Civil Veterinary Dept. Bombay admin report 1932-41 - 1932-1941
Year: 1932
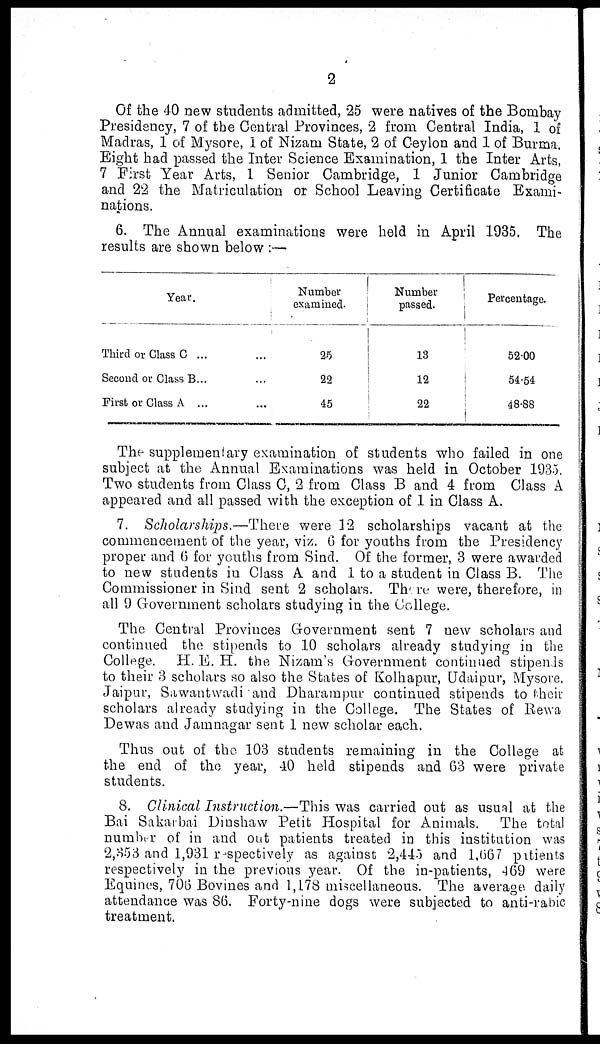
2
Of the 40 new students admitted, 25 were natives of the Bombay
Presidency, 7 of the Central Provinces, 2 from Central India, 1 of
Madras, 1 of Mysore, 1 of Nizam State, 2 of Ceylon and 1 of Burma.
Eight had passed the Inter Science Examination, 1 the Inter Arts,
7 First Year Arts, 1 Senior Cambridge, 1 Junior Cambridge
and 22 the Matriculation or School Leaving Certificate Exami-
nations.
6. The Annual examinations were held in April 1935. The
results are shown below :—
Year.
Third or Class C ... ...
Second or Class B... ...
First or Class A ... ...
Number
examined.
25
22
45
Number
passed.
13
12
22
Percentage.
52.00
54.54
48.88
The supplementary examination of students who failed in one
subject at the Annual Examinations was held in October 1935.
Two students from Class C, 2 from Class B and 4 from Class A
appeared and all passed with the exception of 1 in Class A.
7. Scholarships.—There were 12 scholarships vacant at the
commencement of the year, viz. 6 for youths from the Presidency
proper and 6 for youths from Sind. Of the former, 3 were awarded
to new students in Class A and 1 to a student in Class B. The
Commissioner in Sind sent 2 scholars. There were, therefore, in
all 9 Government scholars studying in the College.
The Central Provinces Government sent 7 new scholars and
continued the stipends to 10 scholars already studying in the
College. H. E. H. the Nizam's Government continued stipends
to their 3 scholars so also the. States of Kolhapur, Udaipur, Mysore.
Jaipur, Sawantwadi and Dharampur continued stipends to their
scholars already studying in the College. The States of Rewa
Dewas and Jamnagar sent 1 new scholar each.
Thus out of the 103 students remaining in the College at
the end of the year, 40 held stipends and 63 were private
students.
8. Clinical Instruction.—This was carried out as usual at the
Bai Sakarbai Dinshaw Petit Hospital for Animals. The total
number of in and out patients treated in this institution was
2,353 and 1,931 respectively as against 2,445 and 1,667 patients
respectively in the previous year. Of the in-patients, 469 were
Equines, 706 Bovines and 1,178 miscellaneous. The average daily
attendance was 86. Forty-nine dogs were subjected to anti-rabic
treatment.